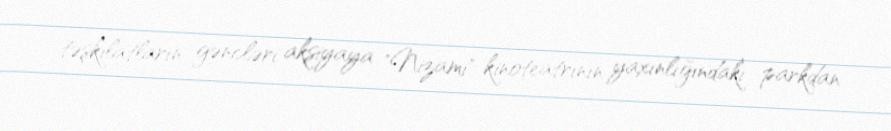
təşkilatların gəncləri aksiyaya "Nizami" kinoteatrının yaxınlığındakı parkdan